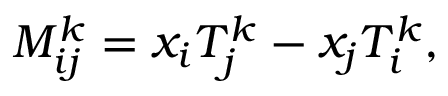
M _ { i j } ^ { k } = x _ { i } T _ { j } ^ { k } - x _ { j } T _ { i } ^ { k } ,